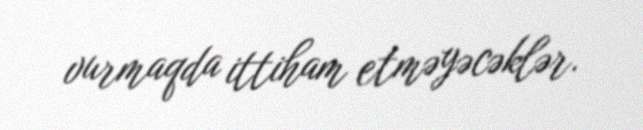
vurmaqda ittiham etməyəcəklər.